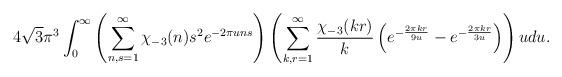
LaTeX: \begin{align*}4 \sqrt{3} \pi^{3} \int_{0}^{\infty} \left( \sum_{n, s=1}^{\infty} \chi_{-3}(n) s^{2} e^{-2\pi u ns} \right)\left( \sum_{k, r=1}^{\infty} \frac{\chi_{-3}(kr)}{k} \left(e^{-\frac{2\pi kr}{9u}} - e^{-\frac{2\pi kr }{3u}} \right) \right) udu.\end{align*}